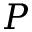
P